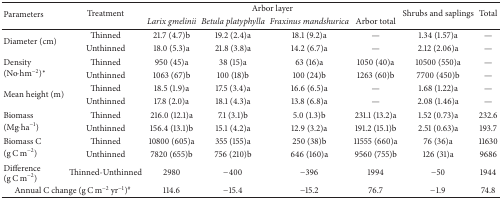
| <ROWSPAN=2> Parameters | <ROWSPAN=2> Treatment | <COLSPAN=4> Arbor layer | Shrubs and saplings | Total |
 | Larix gmelinii | Betula platyphylla | Fraxinus mandshurica | Arbor total |
 | --- | --- | --- | --- | --- | --- | --- | --- |
 | <ROWSPAN=2> Diameter (cm) | Thinned | 21.7 (4.7)b | 19.2 (2.4)a | 18.1 (9.2)a | — | 1.34 (1.57)a | — |
 | Unthinned | 18.0 (5.3)a | 21.8 (3.8)a | 14.2 (6.7)a | — | 2.12 (2.06)a | — |
 | <ROWSPAN=2> Density (No·hm−2)* | Thinned | 950 (45)a | 38 (15)a | 63 (16)a | 1050 (40)a | 10500 (550)a | — |
 | Unthinned | 1063 (67)b | 100 (18)b | 100 (24)b | 1263 (60)b | 7700 (450)b | — |
 | <ROWSPAN=2> Mean height (m) | Thinned | 18.5 (1.9)a | 17.5 (3.4)a | 16.6 (6.5)a | — | 1.68 (1.22)a | — |
 | Unthinned | 17.8 (2.0)a | 18.1 (4.3)a | 13.8 (6.8)a | — | 2.08 (1.46)a | — |
 | <ROWSPAN=2> Biomass (Mg·ha−1) | Thinned | 216.0 (12.1)a | 7.1 (3.1)b | 5.0 (1.3)b | 231.1 (13.2)a | 1.52 (0.73)a | 232.6 |
 | Unthinned | 156.4 (13.1)b | 15.1 (4.2)a | 12.9 (3.2)a | 191.2 (15.1)b | 2.51 (0.63)a | 193.7 |
 | <ROWSPAN=2> Biomass C (g C m−2) | Thinned | 10800 (605)a | 355 (155)a | 250 (38)b | 11555 (660)a | 76 (36)a | 11630 |
 | Unthinned | 7820 (655)b | 756 (210)b | 646 (160)a | 9560 (755)b | 126 (31)a | 9686 |
 | Difference (g C m−2) | Thinned-Unthinned | 2980 | −400 | −396 | 1994 | −50 | 1944 |
 | <COLSPAN=2> Annual C change (g C m−2 yr−1)# | 114.6 | −15.4 | −15.2 | 76.7 | −1.9 | 74.8 |